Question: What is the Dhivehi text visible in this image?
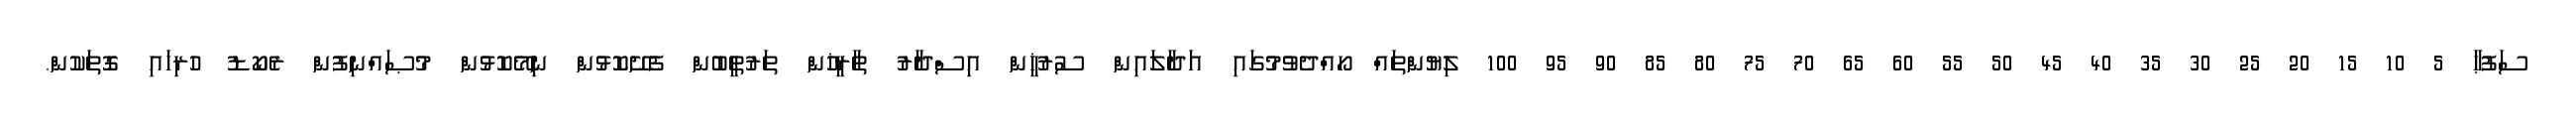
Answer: ސަފުޙާ 5 10 15 20 25 30 35 40 45 50 55 60 65 70 75 80 85 90 95 100 ލިޔުންތައް ހޯއްދެވުމުގައި އަދާލައިން ސުރުޚީން އިސްދާރު ތާރީޚުން ތަރުތީބުން ފެށޭކޮޅުން ނިމޭކޮޅުން މުޞައްނިފުން ރެކޯޑު ހުރިހައި ގޮތަކުން.